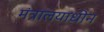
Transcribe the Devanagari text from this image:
मंत्रालयाधीन